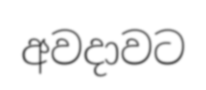
අවදාවට